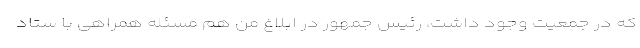
که در جمعیت وجود داشت، رئیس جمهور در ابلاغ من هم مسئله همراهی با ستاد